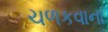
ચળકવાના